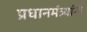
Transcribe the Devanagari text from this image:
प्रधानमंत्र्यांनी